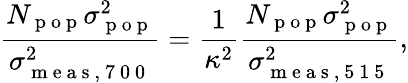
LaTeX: \frac{N_{\mathrm{~p~o~p~}}\sigma_{\mathrm{~p~o~p~}}^{2}}{\sigma_{\mathrm{~m~e~a~s~,~7~0~0~}}^{2}}=\frac{1}{\kappa^{2}}\frac{N_{\mathrm{~p~o~p~}}\sigma_{\mathrm{~p~o~p~}}^{2}}{\sigma_{\mathrm{~m~e~a~s~,~5~1~5~}}^{2}},